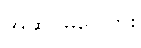
အဆင်မပြေဘူး